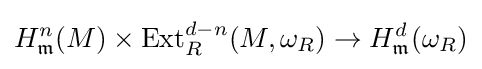
H_{\mathfrak {m}}^{n}(M)\times \operatorname {Ext} _{R}^{d-n}(M,\omega _{R})\to H_{\mathfrak {m}}^{d}(\omega _{R})